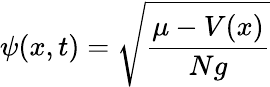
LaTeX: \psi(x,t)={\sqrt{\frac{\mu-V(x)}{Ng}}}